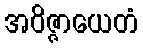
အဝိဇ္ဇာယေတံ